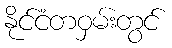
နိုင်ငံတဝှမ်းတွင်